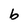
Character: b